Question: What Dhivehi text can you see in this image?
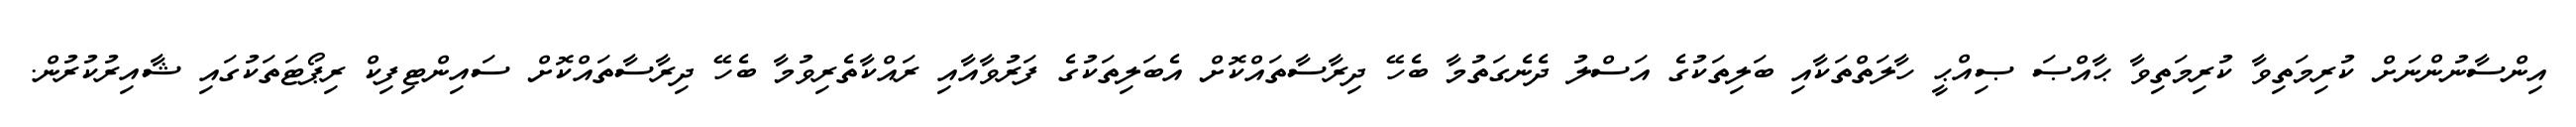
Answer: އިންސާނުންނަށް ކުރިމަތިވާ ކުރިމަތިވާ ޙާއްޞަ ޞިއްޙީ ހާލަތްތަކާއި ބަލިތަކުގެ އަސްލު ދެނެގަތުމާ ބެހޭ ދިރާސާތައްކޮށް އެބަލިތަކުގެ ފަރުވާއާއި ރައްކާތެރިވުމާ ބެހޭ ދިރާސާތައްކޮށް ސައިންޓިފިކް ރިޕޯޓަތަކުގައި ޝާއިރުކުރުން.